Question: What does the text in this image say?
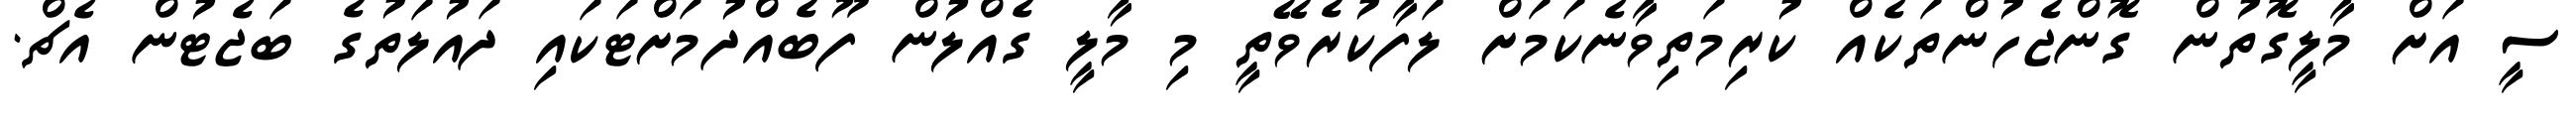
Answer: ސީ އަށް މާލީގޮތުން ގޮންޖެހުންތަކެއް ކުރިމަތިވާނެކަމަށް ލަފާކުރެވޭތީ މި މާލީ ގެއްލުން ފޫބެއްދުމަށްޓަކައި ދައުލަތުގެ ބަޖެޓުން އެޗް.